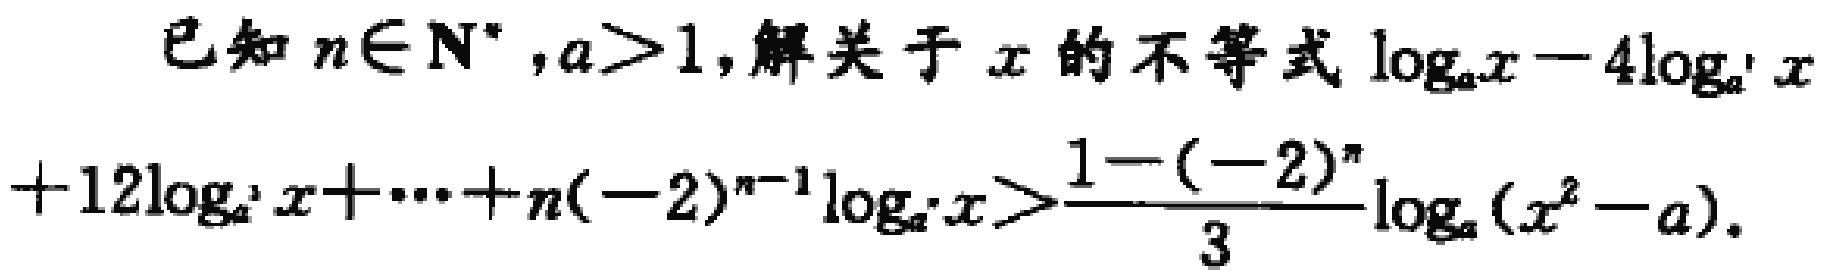
已知\(n\in \mathrm{N}^{*},a > 1\),解关于\(x\)的不等式\(\log_{a}x - 4\log_{a^{2}}x+12\log_{a^{3}}x+\cdots +n(-2)^{n - 1}\log_{a^{n}}x>\frac{1 - (-2)^{n}}{3}\log_{a}(x^{2}-a)\).